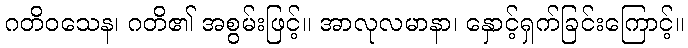
ဂတိဝသေန၊ ဂတိ၏ အစွမ်းဖြင့်။ အာလုလမာနာ၊ နှောင့်ရှက်ခြင်းကြောင့်။